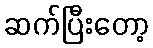
ဆက်ပြီးတော့